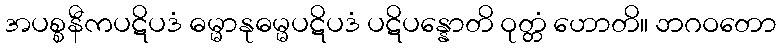
အပစ္စနီကပဋိပဒံ ဓမ္မာနုဓမ္မပဋိပဒံ ပဋိပန္နောတိ ဝုတ္တံ ဟောတိ။ ဘဂဝတော